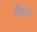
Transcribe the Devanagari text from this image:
गौरता